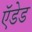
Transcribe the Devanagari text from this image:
ऍडेड